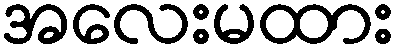
အလေးမထား